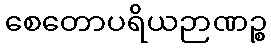
စေတောပရိယဉာဏဉ္စ